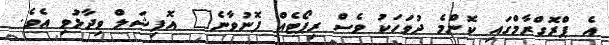
އެ ޕްރޮގްރާމްގައި ކޮންމެ ދުވަހަކު ވެސް ރިޕޯޓެއް ފޮނުވާނެ" އޮފިޝަލް ވިދާޅުވި އެވެ.